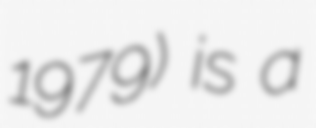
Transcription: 1979) is a